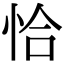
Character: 恰